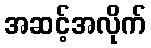
အဆင့်အလိုက်